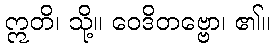
ဣတိ၊ သို့။ ဝေဒိတဗ္ဗော၊ ၏။